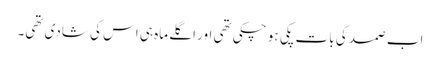
اب صمد کی بات پکی ہو چکی تھی اور اگلے ماہ ہی اس کی شادی تھی۔